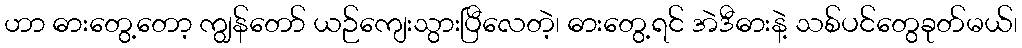
ဟာ ဓားတွေ့တော့ ကျွန်တော် ယဉ်ကျေးသွားပြီလေတဲ့၊ ဓားတွေ့ရင် အဲဒီဓားနဲ့ သစ်ပင်တွေခုတ်မယ်၊